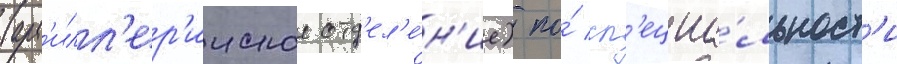
(арт'илл'ер'ииское отд'ел'е́н'ие) по́ сп'ециа́льност'и